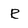
Character: R